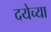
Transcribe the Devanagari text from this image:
दयेच्या